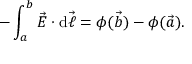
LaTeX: - \int _ { a } ^ { b } { { \vec { E } } \cdot \mathrm { d } { \vec { \ell } } } = \phi ( { \vec { b } } ) - \phi ( { \vec { a } } ) .